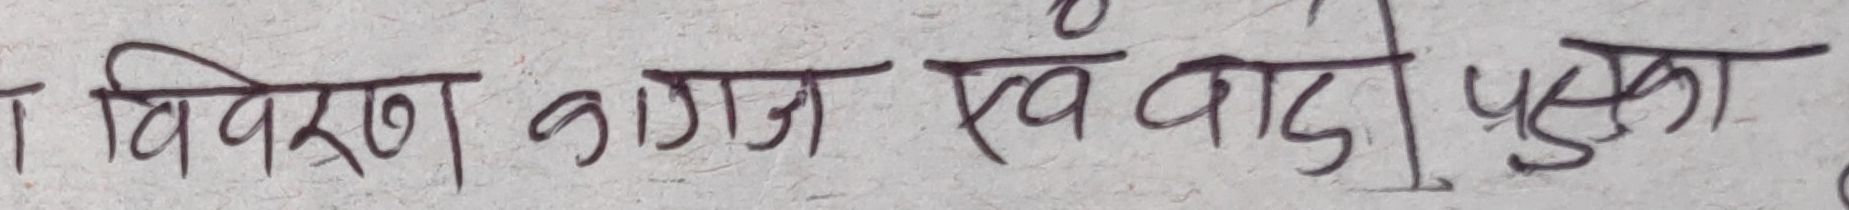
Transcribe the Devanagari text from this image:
विवरण कागज एवं वाद पुका